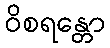
ဝိစရန္တော